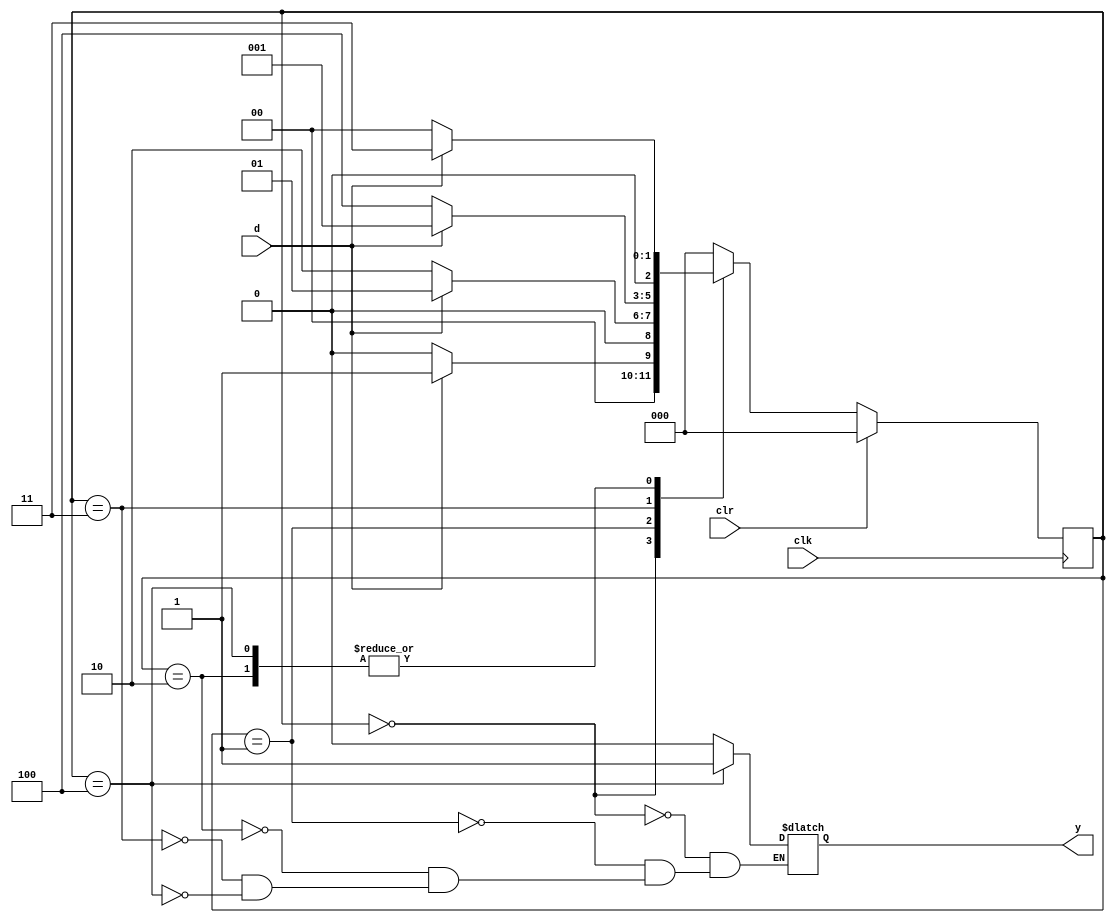
module seq1010(clr,d,clk,y);
input clr,d,clk;
output y;
reg [2:0] state;
reg [2:0] nstate;
reg y;

always @(posedge clk)

begin
if (clr==1'b1)
begin
//nstate=3'b000;
state=3'b000;
end
else
state=nstate;
end

always@(state or d)

begin
case (state)
3'b000:begin y=1'b0;
if (d == 1'b1)
nstate = 3'b001;
else
nstate =3'b000;
end
3'b001:begin
y=1'b0;
if    (d == 1'b0)
nstate = 3'b010;
else
nstate =3'b001;
end

3'b010:begin
y=1'b0;
if (d == 1'b1)
nstate = 3'b011;
else
nstate =3'b000;
end

3'b011:begin
y=1'b0;
if (d == 1'b1)
nstate = 3'b001;
else
nstate =3'b100;
end
3'b100:begin
y=1'b1;
if (d == 1'b1)
nstate = 3'b011;
else
nstate =3'b000;
end

default :nstate = 3'b000;
endcase
end
endmodule